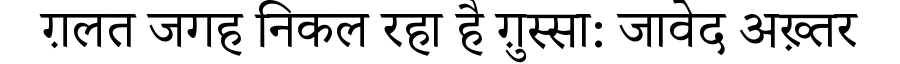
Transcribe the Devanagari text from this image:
ग़लत जगह निकल रहा है ग़ुस्सा: जावेद अख़्तर